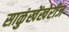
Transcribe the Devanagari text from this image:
साळुंखेंखेरीज